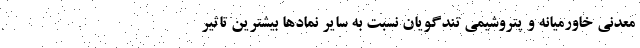
معدنی خاورمیانه و پتروشیمی تندگویان نسبت به سایر نمادها بیشترین تاثیر